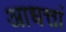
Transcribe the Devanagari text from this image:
आधत्तां